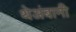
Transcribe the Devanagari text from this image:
थेअंबानी